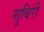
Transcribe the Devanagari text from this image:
सुबिरी